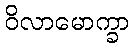
ဝိလာမောက္ခာ